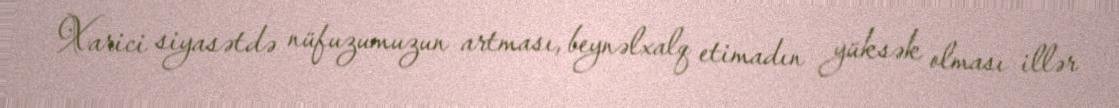
Xarici siyasətdə nüfuzumuzun artması, beynəlxalq etimadın yüksək olması illər